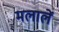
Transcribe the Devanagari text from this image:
मलालें